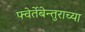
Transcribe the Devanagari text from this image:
फ्वेर्तेबेन्तुराच्या